Indian journal of veterinary science and animal husbandry - Volume 1,
Year: 1931
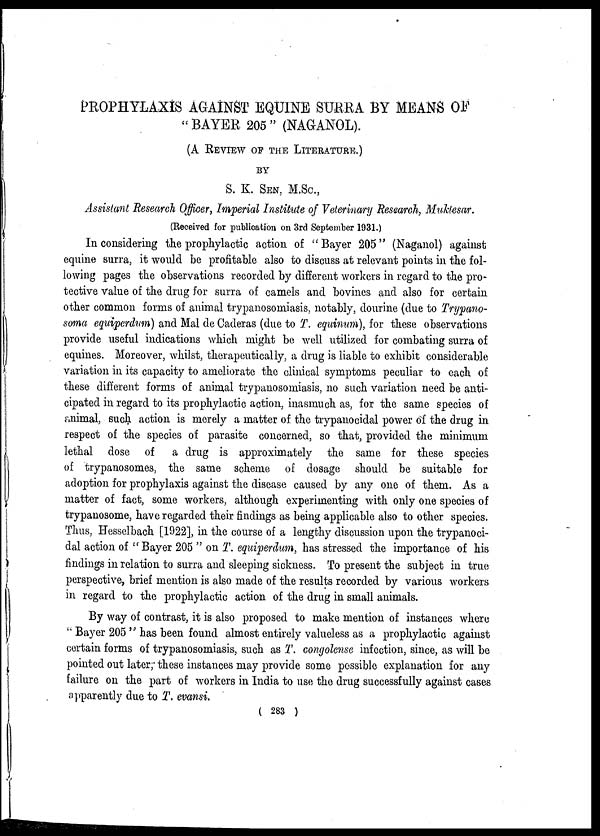
PROPHYLAXIS AGAINST EQUINE SURRA BY MEANS OF
" BAYER 205 " (NAGANOL).
(A REVIEW OF THE LITERATURE.)
BY
S. K. SEN, M.Sc.,
Assistant Research Officer, Imperial Institute of Veterinary Research, Muktesar.
(Received for publication on 3rd September 1931.)
In considering the prophylactic action of " Bayer 205" (Naganol) against
equine surra, it would be profitable also to discuss at relevant points in the fol-
lowing pages the observations recorded by different workers in regard to the pro-
tective value of the drug for surra of camels and bovines and also for certain
other common forms of animal trypanosomiasis, notably, dourine (due to Trypano-
soma equvperdum) and Mal de Caderas (due to T. equinum), for these observations
provide useful indications which might be well utilized for combating surra of
equities. Moreover, whilst, therapeutically, a drug is liable to exhibit considerable
variation in its capacity to ameliorate the clinical symptoms peculiar to each of
these different forms of animal trypanosomiasis, no such variation need be anti-
cipated in regard to its prophylactic action, inasmuch as, for the same species of
animal, such action is merely a matter of the trypanocidal power of the drug in
respect of the species of parasite concerned, so that, provided the minimum
lethal dose of a drug is approximately the same for these species
of trypanosomes, the same scheme of dosage should be suitable for
adoption for prophylaxis against the disease caused by any one of them. As a
matter of fact, some workers, although experimenting with only one species of
trypanosome, have regarded their findings as being applicable also to other species.
Thus, Hesselbach [1922], in the course of a lengthy discussion upon the trypanoci-
dal action of "Bayer 205 " on T. equiperdum, has stressed the importance of his
findings in relation to surra and sleeping sickness. To present the subject in true
perspective, brief mention is also made of the results recorded by various workers
in regard to the prophylactic action of the drug in small animals.
By way of contrast, it is also proposed to make mention of instances where
" Bayer 205 " has been found almost entirely valueless as a prophylactic against
certain forms of trypanosomiasis, such as T. congolense infection, since, as will be
pointed out later; these instances may provide some possible explanation for any
failure on the part of workers in India to use the drug successfully against cases
apparently due to T. evansi.
( 283 )